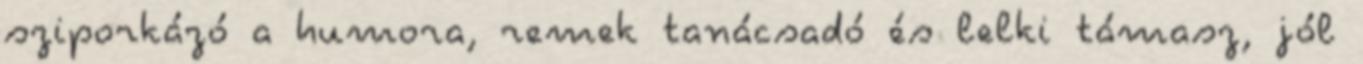
sziporkázó a humora, remek tanácsadó és lelki támasz, jól